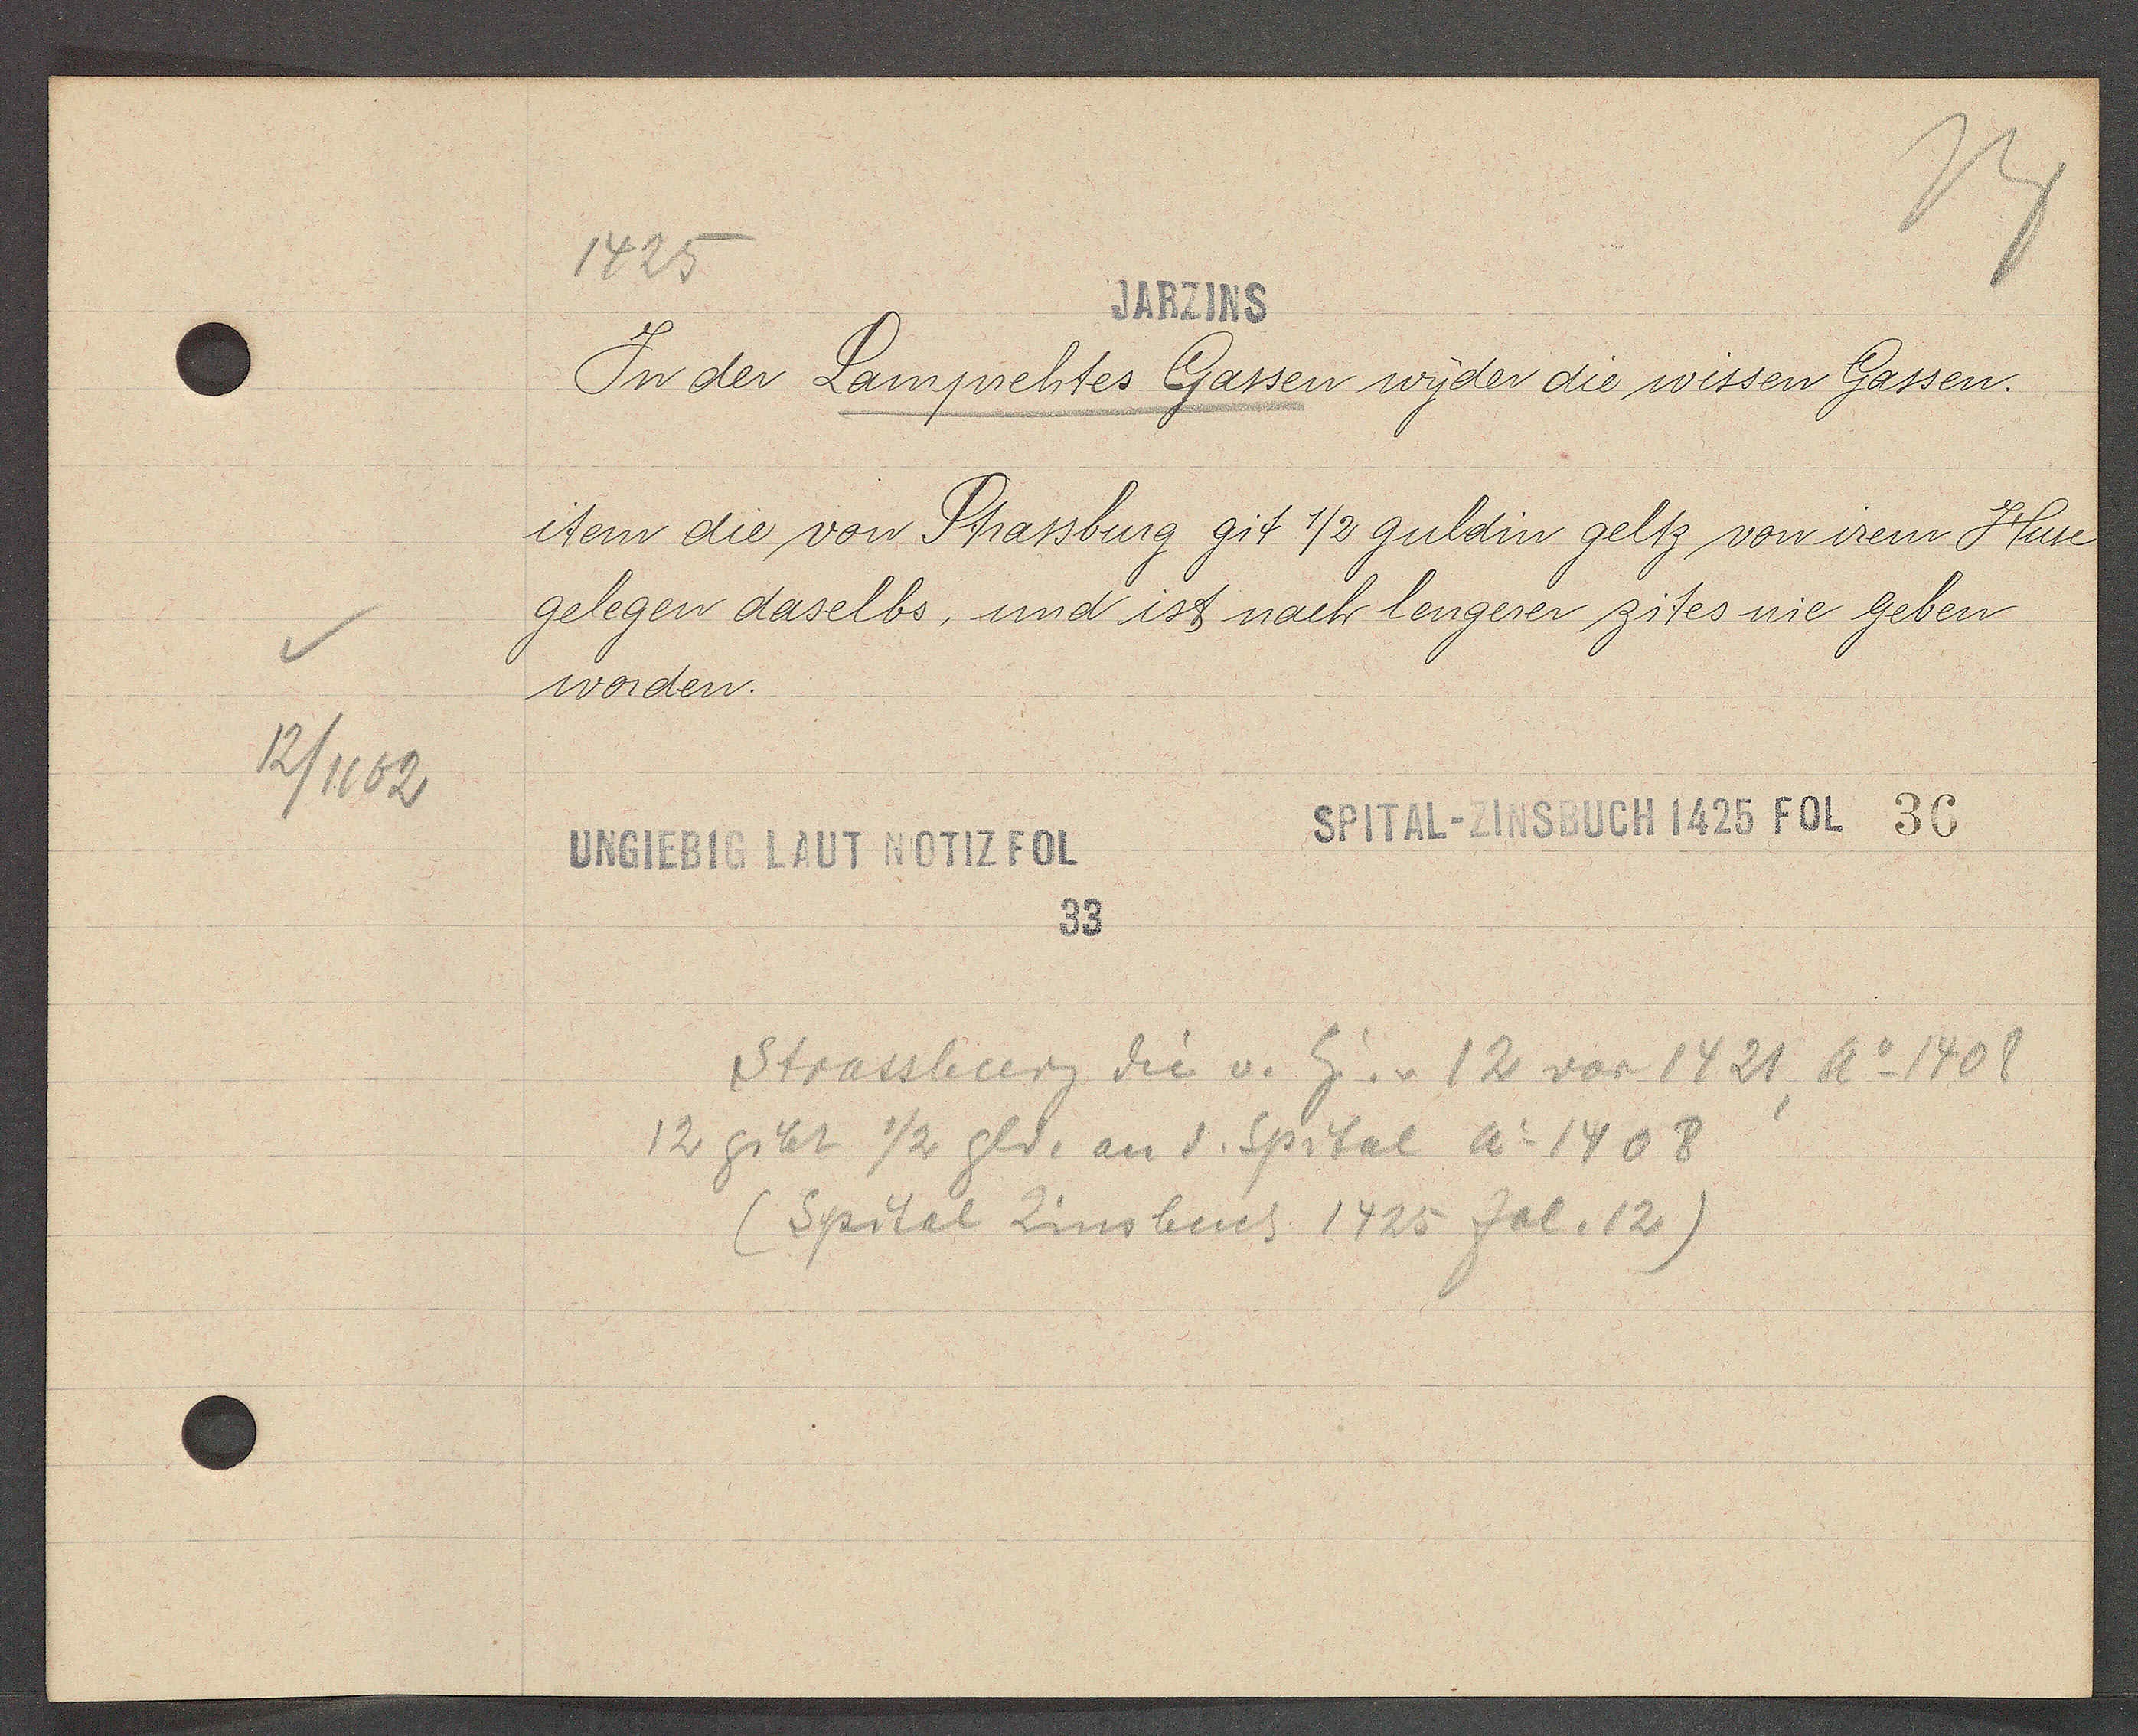
Transcript:
12/1162

1425

Jarzins

In der Lamprehtes Gassen wyder die wissen Gassen.
item die von Strassburg git 1/2 guldin geltz von irem Huse
gelegen daselbs, und ist nach lengerer zites nie geben
worden.

SPITAL-ZINSBUCH 1425 FOL 3C
UNGIEBIG LAUT NOTIZ FOL
33

12 gibt 1/2 gld. an d. Spital Ao 1408
Strassburg die v. Eig. v 12 vor 1421, Ao 1408
(Spital Zinsbuch 1425 fol. 12)